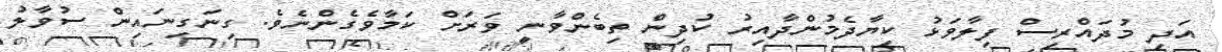
އަދި މުދައްރިސް ފިލާވަޅު ކިޔާދެމުންދާއިރު ކުދިން ތިބެންވާނީ ވަރަށް ކަމާވެގެންނެވެ. ގިނަގިނައިން ސުވާލު